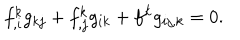
f _ { , i } ^ { k } g _ { k j } + f _ { , j } ^ { k } g _ { i k } + f ^ { k } g _ { i j , k } = 0 .